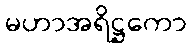
မဟာအရိဋ္ဌကော